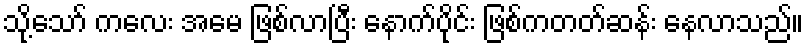
သို့သော် ကလေး အမေ ဖြစ်လာပြီး နောက်ပိုင်း ဖြစ်ကတတ်ဆန်း နေလာသည်။